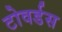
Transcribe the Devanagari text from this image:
टोवर्डस